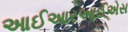
આઈઆરઆઈએસ